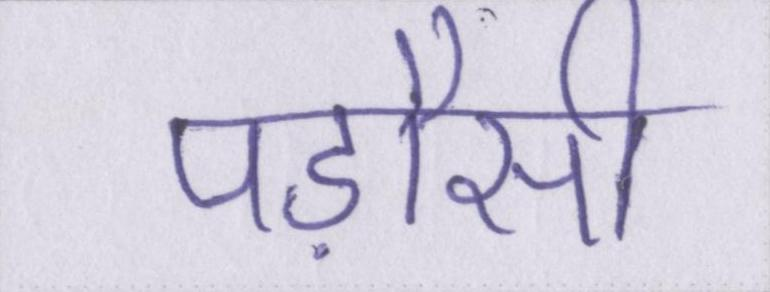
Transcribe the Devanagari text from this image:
पड़ौसी